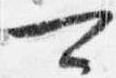
可